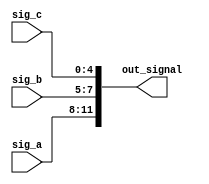
module concat_example (
    input wire [3:0] sig_a,  // 4-bit input signal
    input wire [2:0] sig_b,  // 3-bit input signal
    input wire [4:0] sig_c,  // 5-bit input signal
    output wire [11:0] out_signal // 12-bit output signal
);
    
    // Continuous assignment for concatenation
    assign out_signal = {sig_a, sig_b, sig_c};  // Concatenate signals

endmodule